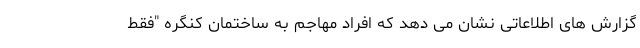
گزارش های اطلاعاتی نشان می دهد که افراد مهاجم به ساختمان کنگره "فقط